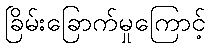
ခြိမ်းခြောက်မှုကြောင့်